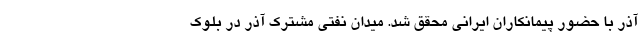
آذر با حضور پیمانکاران ایرانی محقق شد. میدان نفتی مشترک آذر در بلوک